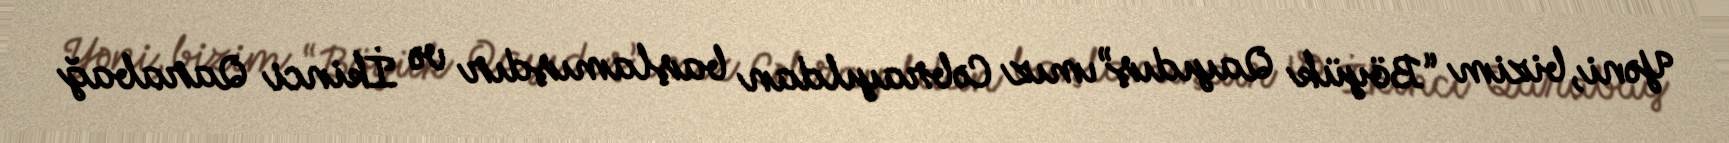
Yəni, bizim “Böyük Qayıdış”ımız Cəbrayıldan başlamışdır və İkinci Qarabağ